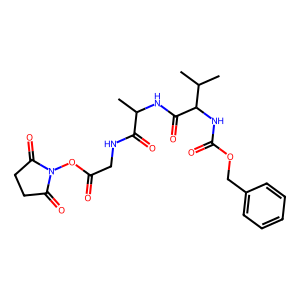
SMILES: CC(NC(=O)C(NC(=O)OCc1ccccc1)C(C)C)C(=O)NCC(=O)ON1C(=O)CCC1=O
Inhibits HIV replication: No